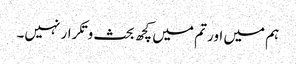
ہم میں اور تم میں کچھ بحث وتکرار نہیں۔